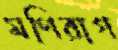
মণিরাগ